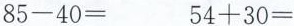
$$85-40=$$ $$54+30=$$